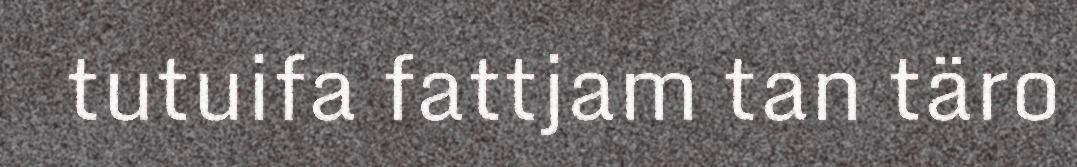
tutuifa fattjam tan täro